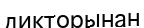
дикторынан